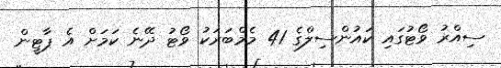
ސިއްރު ވޯޓުގައި ކައުންސިލްގެ 41 މެމްބަރަކު ވޯޓު ދޭނެ ކަމަށް އެ ޕާޓީން